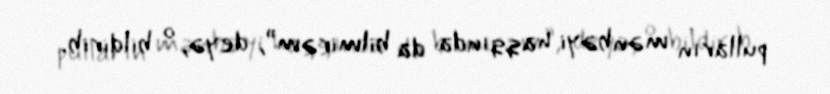
pulların mənbəyi haqqında da bilmirəm”, deyə, o bildirib.